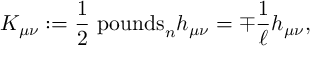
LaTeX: K _ { \mu \nu } : = \frac { 1 } { 2 } \mathrm { \ p o u n d s } _ { n } h _ { \mu \nu } = \mp \frac { 1 } { \ell } h _ { \mu \nu } ,